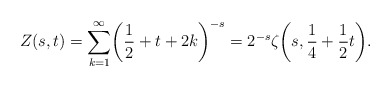
\begin{align*}Z(s,t)=\sum_{k=1}^{\infty}\biggl(\frac{1}{2}+t+2k\biggr)^{-s}=2^{-s}\zeta\biggl(s,\frac{1}{4}+\frac{1}{2}t\biggr).\end{align*}